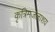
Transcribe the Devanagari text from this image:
कृत्रिमजलाशय